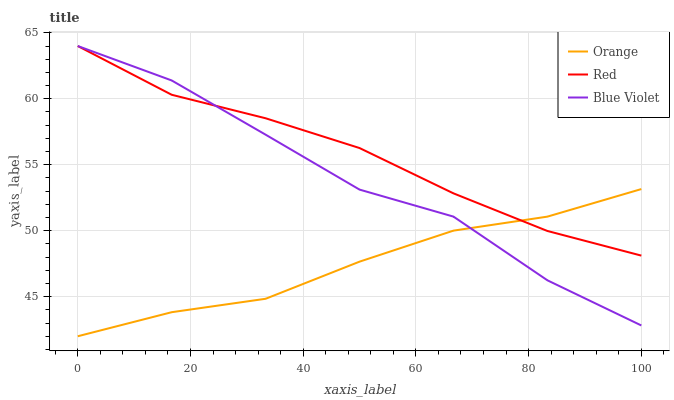
| xaxis_label | Orange | Red | Blue Violet |
 | --- | --- | --- | --- |
 | 0 | 42 | 64 | 64 |
 | 16.7 | 43.8 | 60.3 | 61.4 |
 | 33.3 | 44.8 | 58.5 | 57.3 |
 | 50 | 47.7 | 56.3 | 53.1 |
 | 66.7 | 50 | 52.8 | 51.1 |
 | 83.3 | 51.1 | 50 | 46.2 |
 | 100 | 53.2 | 48.1 | 42.8 |